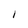
Character: I